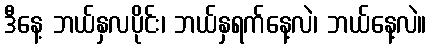
ဒီနေ့ ဘယ်နှလပိုင်း၊ ဘယ်နှရက်နေ့လဲ၊ ဘယ်နေ့လဲ။